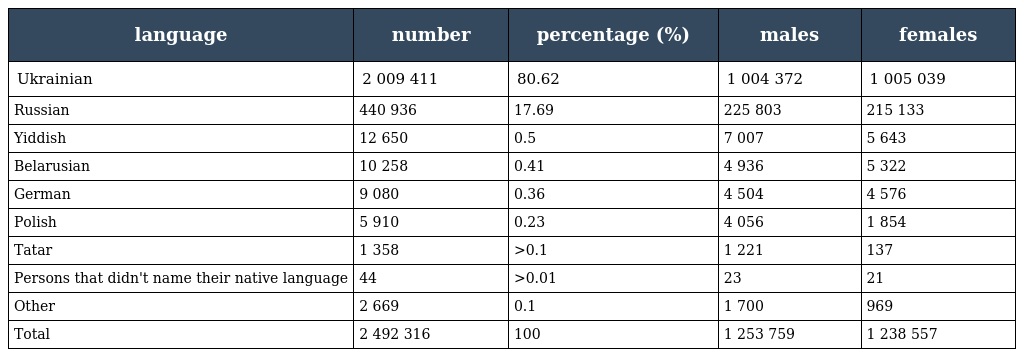
| language | number | percentage (%) | males | females |
 | --- | --- | --- | --- | --- |
 | Ukrainian | 2 009 411 | 80.62 | 1 004 372 | 1 005 039 |
 | Russian | 440 936 | 17.69 | 225 803 | 215 133 |
 | Yiddish | 12 650 | 0.5 | 7 007 | 5 643 |
 | Belarusian | 10 258 | 0.41 | 4 936 | 5 322 |
 | German | 9 080 | 0.36 | 4 504 | 4 576 |
 | Polish | 5 910 | 0.23 | 4 056 | 1 854 |
 | Tatar | 1 358 | >0.1 | 1 221 | 137 |
 | Persons that didn't name their native language | 44 | >0.01 | 23 | 21 |
 | Other | 2 669 | 0.1 | 1 700 | 969 |
 | Total | 2 492 316 | 100 | 1 253 759 | 1 238 557 |